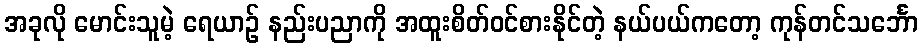
အခုလို မောင်းသူမဲ့ ရေယာဉ် နည်းပညာကို အထူးစိတ်ဝင်စားနိုင်တဲ့ နယ်ပယ်ကတော့ ကုန်တင်သင်္ဘော